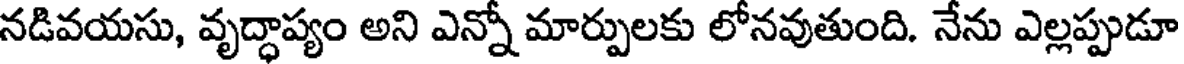
నడివయసు, వృద్ధాప్యం అని ఎన్నో మార్పులకు లోనవుతుంది. నేను ఎల్లప్పుడూ